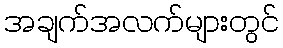
အချက်အလက်များတွင်